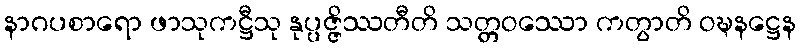
နာဂပစာရော ဖာသုကဋ္ဌီသု နုပ္ပဇ္ဇိဿတီတိ သတ္တဝဿော ကတွာတိ ဝဍ္ဎနဋ္ဌေန